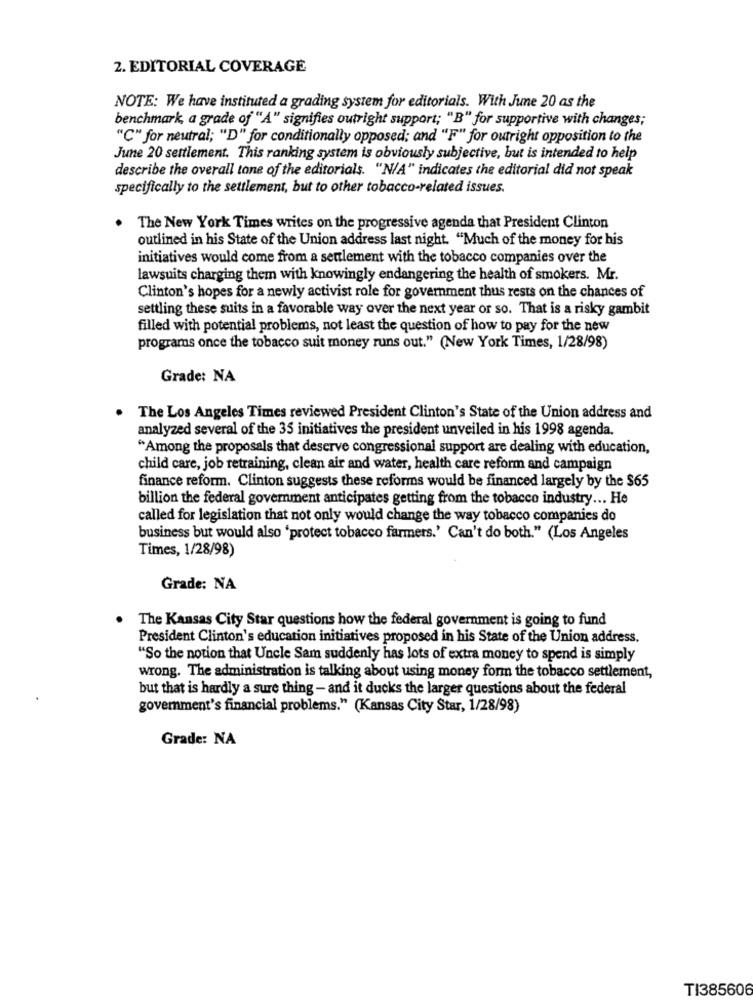
2. EDITORIAL COVERAGE
NOTE: We have instituted a grading system for editorials. With June 20 as the
benchmark, a grade of "A" signifies outright support; "B" for supportive with changes;
"C" for neutral; "D" for conditionally opposed; and "F" for outright opposition to the
June 20 settlement. This ranking system is obviously subjective, but is intended to help
describe the overall tane of the editorials. "N/A" indicates the editorial did not speak
specifically to the settlement, but to other tobacco-related issues.
The New York Times writes on the progressive agenda that President Clinton
outlined in his State of the Union address last night. "Much of the money for his
initiatives would come from a settlement with the tobacco companies over the
lawsuits charging them with knowingly endangering the health of smokers. Mr.
Clinton's hopes for a newly activist role for government thus rests on the chances of
settling these suits in a favorable way over the next year or so. That is a risky gambit
filled with potential problems, not least the question of how to pay for the new
programs once the tobacco suit money runs out." (New York Times, 1/28/98)
Grade: NA
The Los Angeles Times reviewed President Clinton's State of the Union address and
analyzed several of the 35 initiatives the president unveiled in his 1998 agenda.
"Among the proposals that deserve congressional support are dealing with education,
child care, job retraining, clean air and water, health care reform and campaign
finance reform. Clinton suggests these reforms would be financed largely by the $65
billion the federal government anticipates getting from the tobacco industry ... He
called for legislation that not only would change the way tobacco companies do
business but would also 'protect tobacco farmers.' Can't do both." (Los Angeles
Times, 1/28/98)
Grade: NA
The Kansas City Star questions how the federal government is going to fund
President Clinton's education initiatives proposed in his State of the Union address.
"So the notion that Uncle Sam suddenly has lots of extra money to spend is simply
wrong. The administration is talking about using money form the tobacco settlement,
but that is hardly a sure thing - and it ducks the larger questions about the federal
goverment's financial problems." (Kansas City Star, 1/28/98)
Grade: NA
TI385606